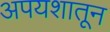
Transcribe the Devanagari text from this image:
अपयशातून